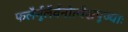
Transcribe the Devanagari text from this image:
फलैर्मूलैर्वनोत्थैश्चपूज्याः